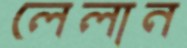
লেলান